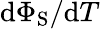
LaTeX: \mathrm{d}\Phi_{\mathrm{S}}/\mathrm{d}T